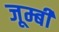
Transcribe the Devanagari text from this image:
जूम्बी